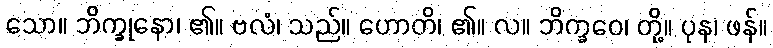
သော။ ဘိက္ခုနော၊ ၏။ ဗလံ၊ သည်။ ဟောတိ၊ ၏။ လ။ ဘိက္ခဝေ၊ တို့။ ပုန၊ ဖန်။